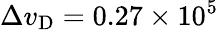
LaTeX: \Delta v_{\mathrm{D}}=0.27\times 10^{5}